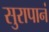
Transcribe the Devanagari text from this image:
सुरापानं